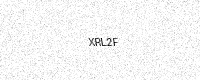
Text: XRL2F